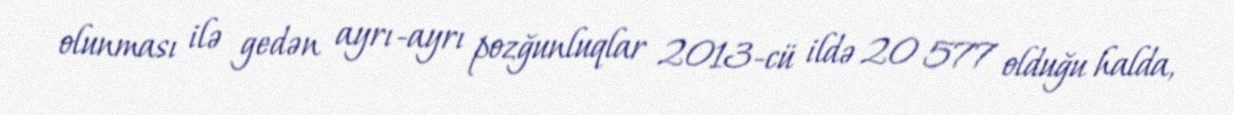
olunması ilə gedən ayrı-ayrı pozğunluqlar 2013-cü ildə 20 577 olduğu halda,